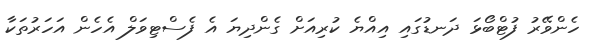
ހެންވޭރު ފުޓްބޯޅަ ދަނޑުގައި އިއްޔެ ކުރިއަށް ގެންދިޔަ އެ ފެސްޓިވަލް އެހެން އަހަރުތަކާ